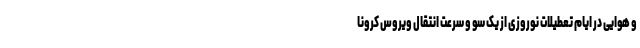
و هوایی در ایام تعطیلات نوروزی از یک سو و سرعت انتقال ویروس کرونا